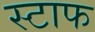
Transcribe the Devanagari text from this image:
स्टाफ